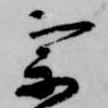
宗